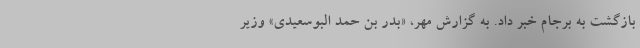
بازگشت به برجام خبر داد. به گزارش مهر، «بدر بن حمد البوسعیدی» وزیر